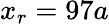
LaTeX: x_{r}=97a